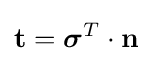
\mathbf {t} ={\boldsymbol {\sigma }}^{T}\cdot \mathbf {n}